Vaccination in Bombay 1902-1912 - 1902-1912
Year: 1902
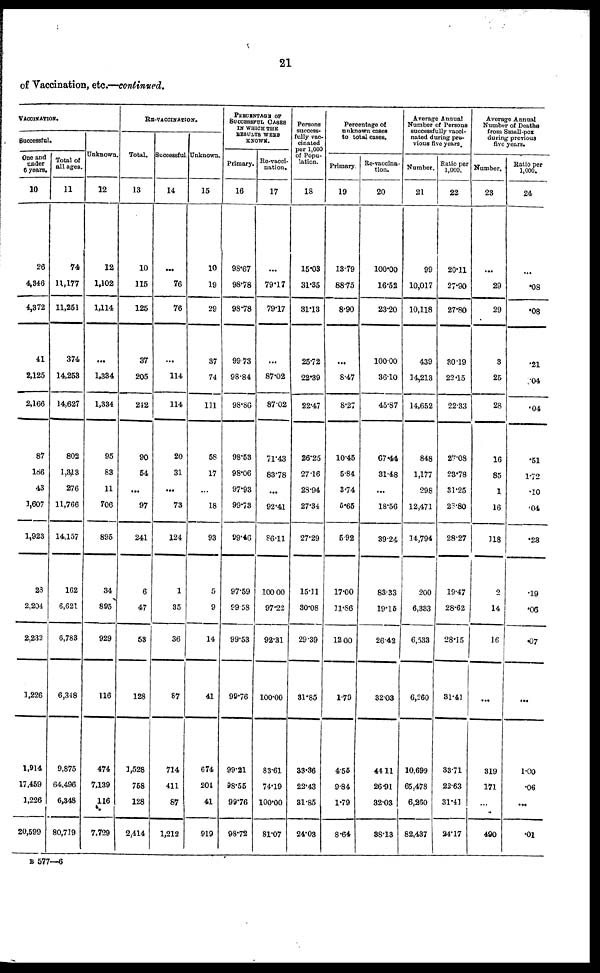
21
of Vaccination, etc.—continued.
VACCINATION.
Successful.
One and
under
6 years.
10
26
4,346
4,372
41
2,125
2,166
87
186
43
1,607
1,923
23
2,204
2,232
1,226
1,914
17,459
1,226
20,599
Total of
all ages.
11
74
11,177
11,251
374
14,253
14,627
802
1,313
276
11,766
14,157
162
6,621
6,783
6,348
9,875
64,496
6,348
80,719
Unknown.
12
12
1,102
1,114
...
1,334
1,334
95
83
11
706
895
34
895
929
116
474
7,139
116
7,729
RE-VACCINATION.
Total.
13
10
115
125
37
205
242
90
54
...
97
241
6
47
53
128
3,528
758
128
2,414
Successful.
14
...
76
76
...
114
114
20
31
...
73
124
1
35
36
87
714
411
87
1,212
Unknown.
15
10
19
29
37
74
111
58
17
...
18
93
5
9
14
41
674
204
41
919
PERCNTAGE OF
SUCCESSFUL CASES
IN WHICH THE
RESULTS WERE
KNOWN.
Primary.
16
98.67
98.78
98.78
99.73
98.84
98.86
98.53
98.06
97.93
99.73
99.46
97.59
99.58
99.53
99.76
99.21
98.55
99.76
98.72
Re-vacci-
nation.
17
...
79.17
79.17
...
87.02
87.02
71.43
83.78
...
92.41
86.11
100.00
97.22
92.31
100.00
83.61
74.19
100.00
81.07
Persons
success-
fully vac-
cinated
per 1,000
of Popu-
lation.
18
15.03
31.35
31.13
25.72
22.39
22.47
26.25
27.16
28.94
27.34
27.29
15.11
30.08
29.39
31.85
33.36
22.43
31.85
24.03
Percentage of
unknown cases
to total cases.
Primary.
19
13.79
88.75
8.90
...
8.47
8.27
10.45
5.84
3.74
5.65
5.92
17.00
11.86
12.00
1.79
455
9.84
1.79
8.64
Re-vaccina-
tion.
20
100.00
16.52
23.20
100.00
36.10
45.87
67.44
31.48
...
18.56
39.24
83.33
19.15
26.42
32.03
44.11
26.91
32.03
38.13
Average Annual
Number of Persons
successfully vacci-
nated during pre-
vious five years.
Number.
21
99
10,017
10,118
439
14,213
14,652
848
1,177
298
12,471
14,794
200
6,333
6,533
6,260
10,699
65,478
6,260
82,437
Ratio per
1,000.
22
20.11
27.90
27.80
30.19
22.15
22.33
27.08
23.78
31.25
28.80
28.27
19.47
28.62
28.15
31.41
33.71
22.63
31.41
24.17
Average Annual
Number of Deaths
from Small-pox
during previous
five years.
Number.
23
...
29
29
3
25
28
16
85
1
16
118
2
14
16
...
319
171
...
490
Ratio per
1,000.
24
...
.08
.08
.21
.04
.04
.51
1.72
.10
.04
.23
.19
.06
.07
...
1.00
.06
...
.01
B 577—6